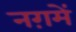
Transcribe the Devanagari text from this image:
नग़में